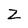
Character: Z